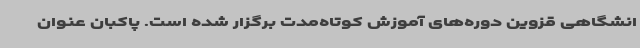
انشگاهی قزوین دوره‌های آموزش کوتاه‌مدت برگزار شده است. پاکبان عنوان